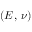
( E , \, \nu )